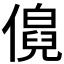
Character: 𬿹